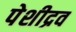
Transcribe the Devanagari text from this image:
पेशीद्रव